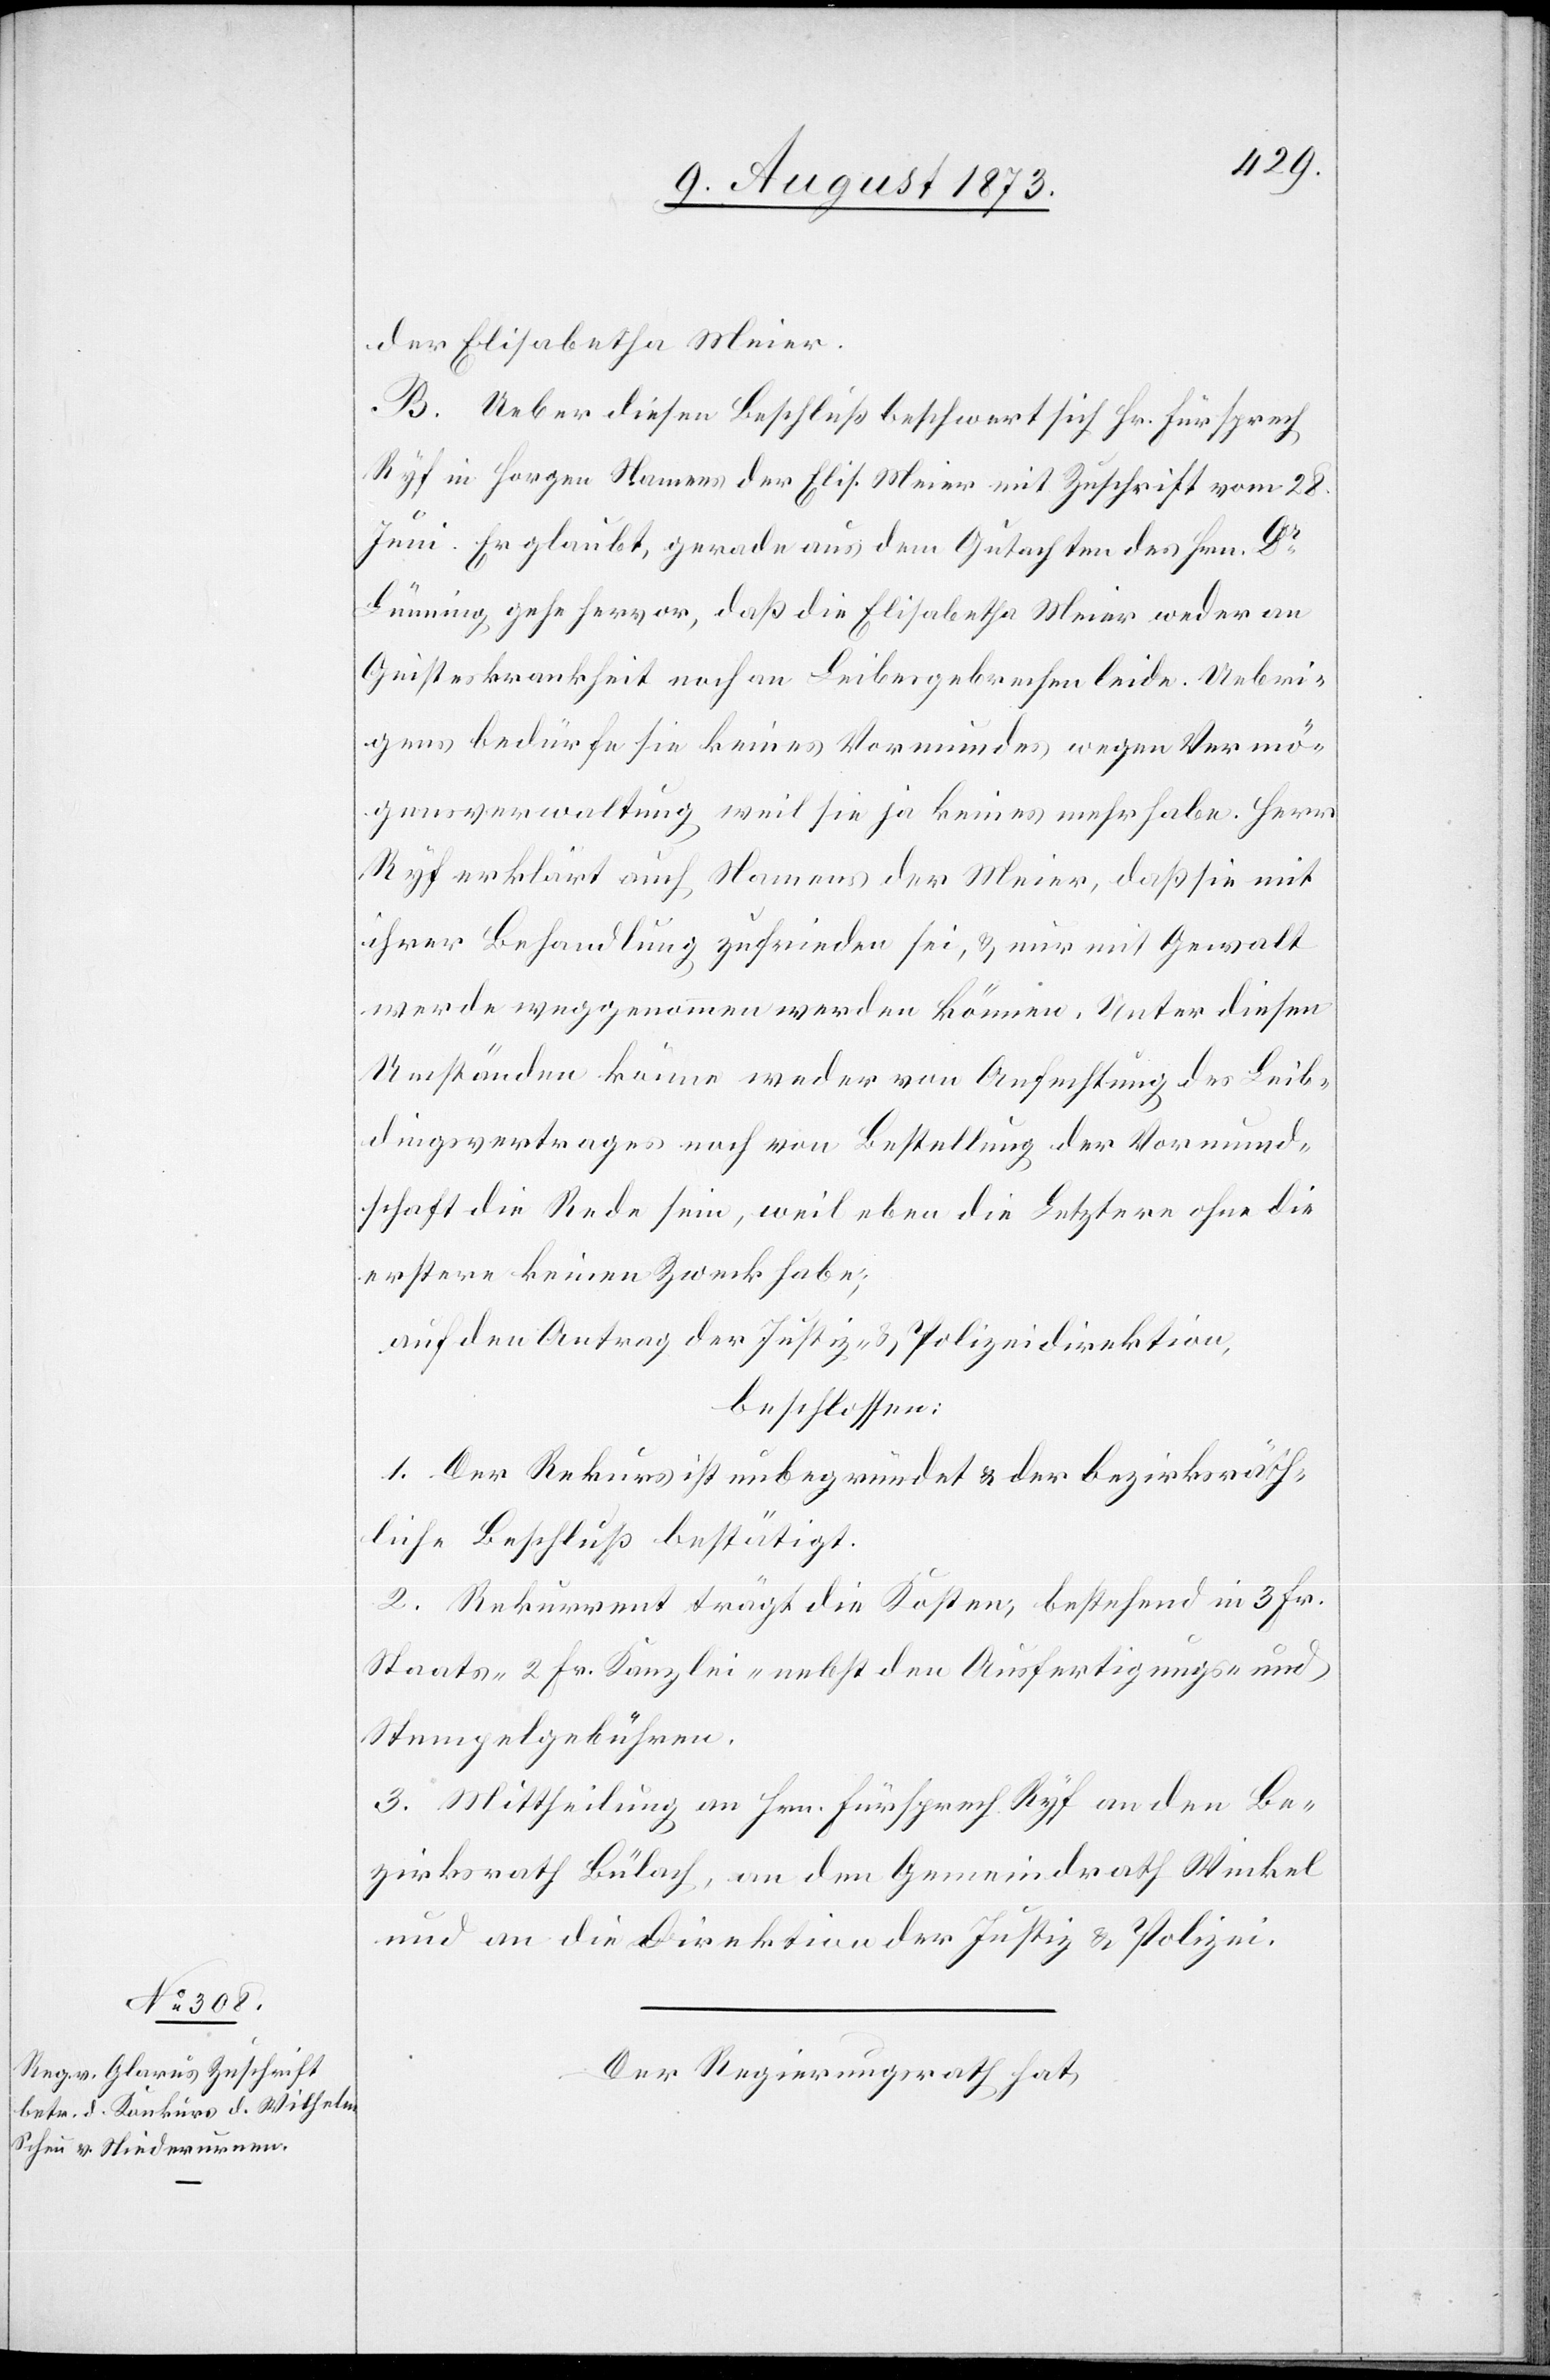
der Elisabetha Meier.
B. Ueber diesen Beschluß beschwert sich Hr. Fürsprech
Ryf in Horgen Namens der Elis. Meier mit Zuschrift vom 28.
Juni. Er glaubt, gerade aus dem Gutachten des Hrn. Dr
Lünning gehe hervor, daß die Elisabetha Meier weder an
Geisteskrankheit noch an Leibesgebrechen leide. Uebri¬
gens bedürfe sie keines Vormundes wegen Vermö¬
gensverwaltung weil sie ja keines mehr habe. Herr
Ryf erklärt auch Namens der Meier, daß sie mit
ihrer Behandlung zufrieden sei, & nur mit Gewalt
werde weggenommen werden können. Unter diesen
Umständen könne weder von Anfechtung des Leib¬
dingsvertrages noch von Bestellung der Vormund¬
schaft die Rede sein, weil eben die Letztere ohne die
erstere keinen Zweck habe;
auf den Antrag der Justiz- & Polizeidirektion,
beschlossen:
1. Der Rekurs ist unbegründet & der bezirksräth¬
liche Beschluß bestätigt.
2. Rekurrent trägt die Kosten, bestehend in 3 Fr.
Staats- 2 Fr. Kanzlei- nebst den Ausfertigungs- und
Stempelgebühren.
3. Mittheilung an Hrn. Fürsprech Ryf[,] an den Be¬
zirksrath Bülach, an den Gemeindrath Winkel
und an die Direktion der Justiz & Polizei.
Der Regierungsrath hat,